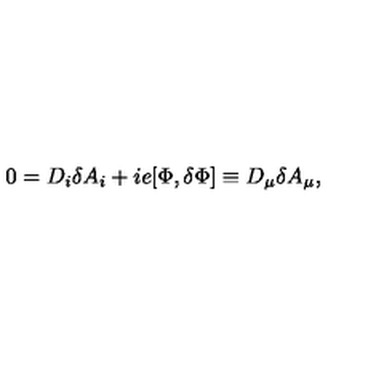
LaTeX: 0 = D _ { i } \delta A _ { i } + i e [ \Phi , \delta \Phi ] \equiv D _ { \mu } \delta A _ { \mu } ,